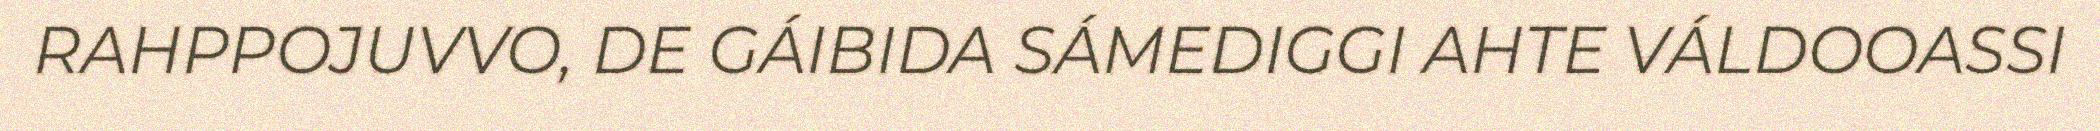
RAHPPOJUVVO, DE GÁIBIDA SÁMEDIGGI AHTE VÁLDOOASSI